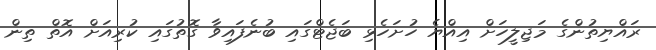
ރައްޔިތުންގެ މަޖިލީހަށް އިއްޔެ ހުށަހެޅި ބަޖެޓްގައި ބުނެފައިވާ ގޮތުގައި ކުރިއަށް އޮތް ތިން